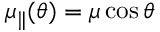
\mu _ { \parallel } ( \theta ) = \mu \cos { \theta }